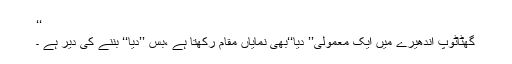
‘‘
گھٹاٹوپ اندھیرے میں ایک معمولی’’ دِیا‘‘بھی نمایاں مقام رکھتا ہے ،بس ’’دِیا‘‘ بننے کی دیر ہے ۔